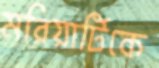
মরিয়ার্টিকে